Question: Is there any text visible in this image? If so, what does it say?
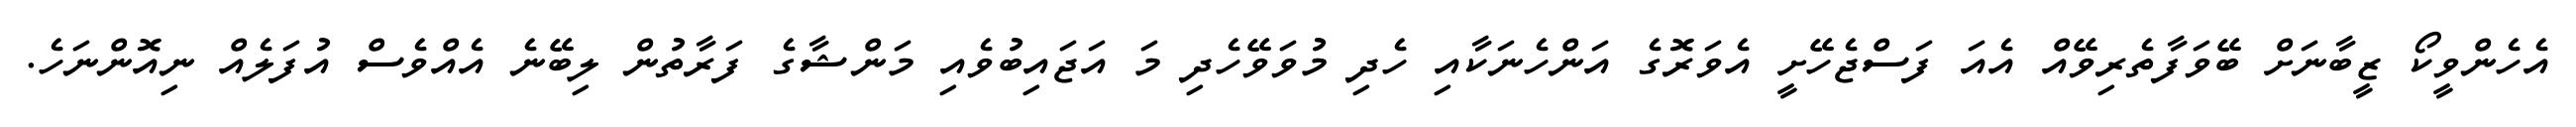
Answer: އެހެންވީކޯ ޒީބާނަށް ބޭވަފާތެރިވޭއް އެއަ ފަސްޖެހޭށީ އެވަރޮގެ އަންހެނަކާއި ހެދި މުވަވޭހެދި މަ އަޖައިބުވެއި މަންޝާގެ ފަރާތުން ލިބޭނެ އެއްވެސް އުފަލެއް ނިއޮންނަހެ.